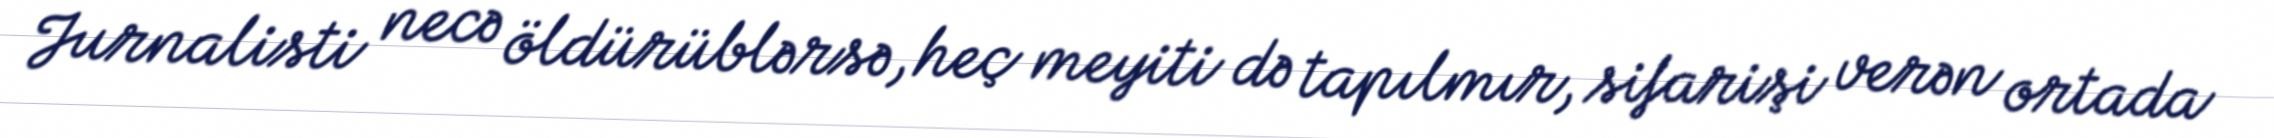
Jurnalisti necə öldürüblərsə, heç meyiti də tapılmır, sifarişi verən ortada